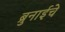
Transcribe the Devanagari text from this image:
ब्रुनाईचे